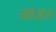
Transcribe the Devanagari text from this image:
जाड॥